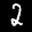
Digit: 2